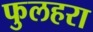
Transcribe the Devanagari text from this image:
फुलहरा